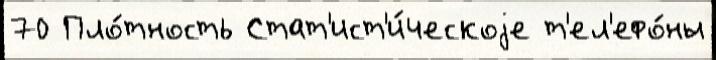
70 Пло́тность Стат'ист'и́ческоjе т'ел'ефо́ны